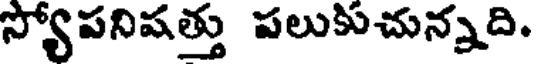
స్యోపనిషత్తు పలుకుచున్నది.